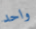
واحد